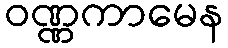
ဝဏ္ဏကာမေန